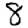
Digit: 8